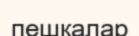
пешкалар